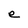
Character: e